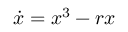
{ \dot { x } } = x ^ { 3 } - r x